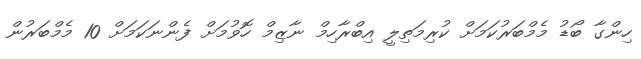
ހިންގާ ބޯޑު މެމްބަރުކަމަށް ކުރިމަތިލީ އިބްރާހިމް ނާޒިމް ހޮވުމަށް ފެންނަކަމަށް 10 މެމްބަރުން